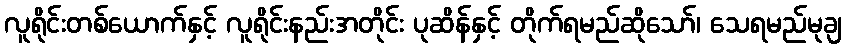
လူရိုင်းတစ်ယောက်နှင့် လူရိုင်းနည်းအတိုင်း ပုဆိန်နှင့် တိုက်ရမည်ဆိုသော်၊ သေရမည်မုချ